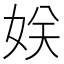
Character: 𭑹